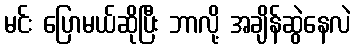
မင်း ပြောမယ်ဆိုပြီး ဘာလို့ အချိန်ဆွဲနေလဲ